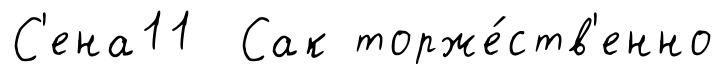
С'ена11 Сак торже́ств'енно